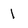
Character: 1